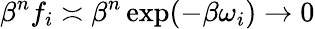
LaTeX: \beta^{n}f_{i}\asymp\beta^{n}\exp(-\beta\omega_{i})\to 0